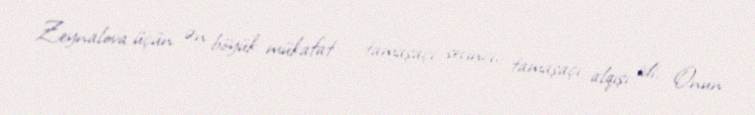
Zeynalova üçün ən böyük mükafat – tamaşaçı sevinci, tamaşaçı alqışı idi. Onun